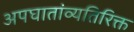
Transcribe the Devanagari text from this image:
अपघातांव्यतिरिक्त